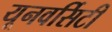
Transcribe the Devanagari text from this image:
यूनवर्सिटी